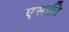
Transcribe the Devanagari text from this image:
एसकी